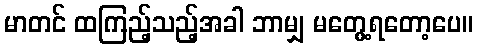
မာတင် ထကြည့်သည့်အခါ ဘာမျှ မတွေ့ရတော့ပေ။